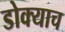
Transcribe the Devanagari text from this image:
डोक्याच